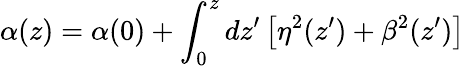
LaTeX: \alpha(z)=\alpha(0)+\int_{0}^{z}dz^{\prime}\left[\eta^{2}(z^{\prime})+\beta^{2}(z^{\prime})\right]